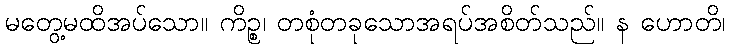
မတွေ့မထိအပ်သော။ ကိဉ္စ၊ တစုံတခုသောအရပ်အစိတ်သည်။ န ဟောတိ၊